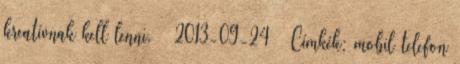
kreatívnak kell lenni. – 2013-09-24 – Címkék: mobil telefon